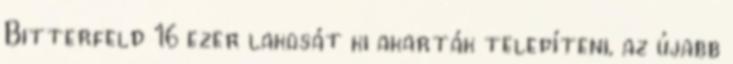
Bitterfeld 16 ezer lakosát ki akarták telepíteni, az újabb